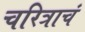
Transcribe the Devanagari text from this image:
चरित्राचं